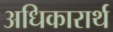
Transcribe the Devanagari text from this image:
अधिकारार्थ